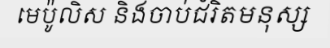
មេប៉ូលិស និងចាប់ជំរិតមនុស្ស